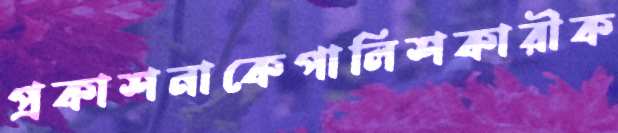
প্রকাশনাকেপালিশকারীক